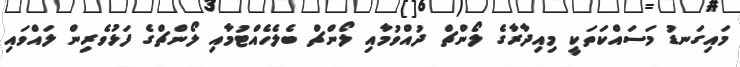
މައިގަނޑު މަސައްކަތަކީ މިއިދާރާގެ ލޯންޗް ދުއްވުމާއި ލޯންޗް ބެލެހެއްޓުމާއި ލޯންޗްގެ ފަޅުވެރިން ލައްވައި